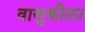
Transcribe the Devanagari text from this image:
वासुकीला